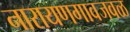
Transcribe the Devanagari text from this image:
नारायणगावजवळ